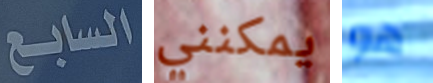
السابع يمكنني هو